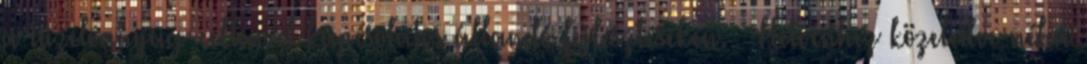
a tüzelôanyag-cellával kapcsolatos állandó fejlesztéseken. — Hetvenhez közeledve néha